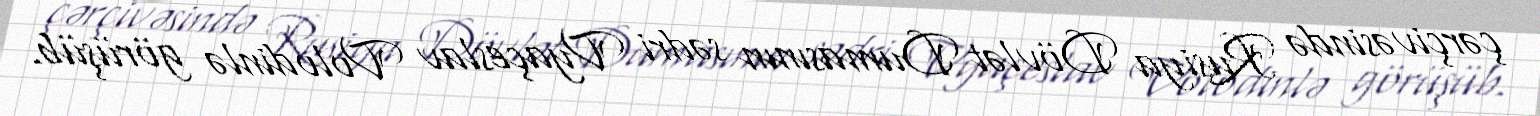
çərçivəsində Rusiya Dövlət Dumasının sədri Vyaçeslav Volodinlə görüşüb.